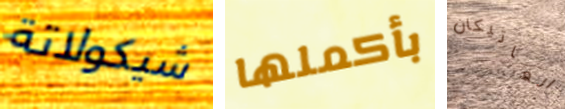
شيكولاتة بأكملها الفاتيكان